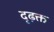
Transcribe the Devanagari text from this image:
दृढ़क्त